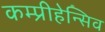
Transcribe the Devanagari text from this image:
कम्प्रीहेन्सिव